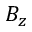
B _ { z }